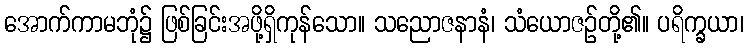
အောက်ကာမဘုံ၌ ဖြစ်ခြင်းအဖို့ရှိကုန်သော။ သညောဇနာနံ၊ သံယောဇဉ်တို့၏။ ပရိက္ခယာ၊